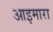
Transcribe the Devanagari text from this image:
आइमारा